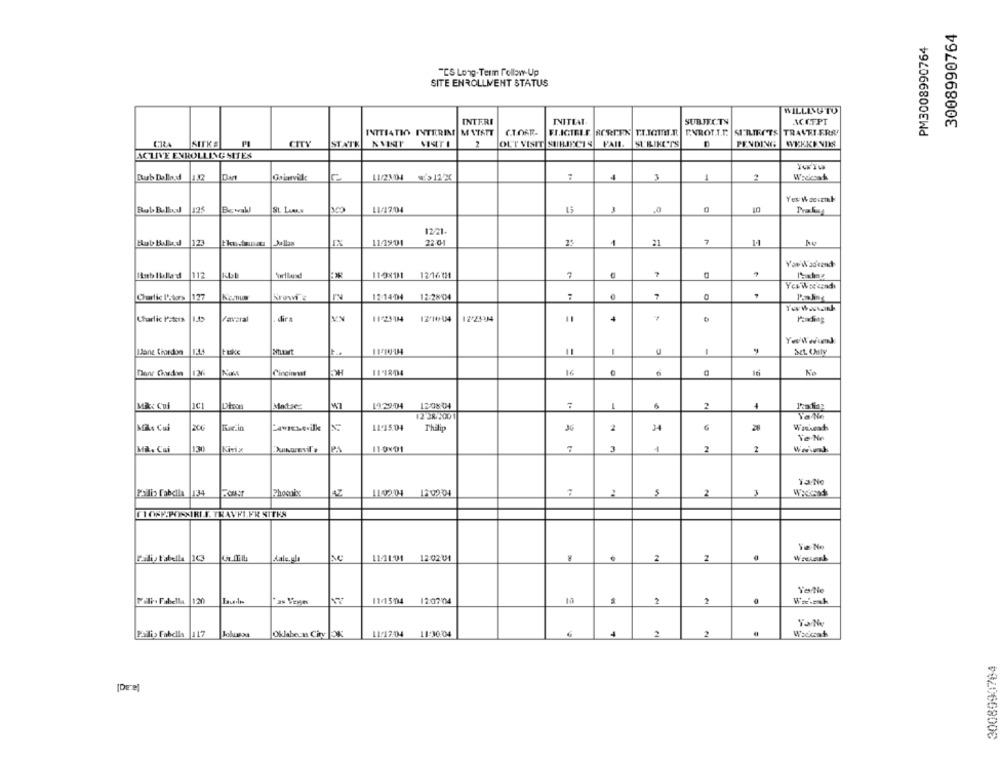
3008990764
PM3008990764
"CS Long-Term follow-Up
SITE ENROLLMENT STATUS
WILLINGTO
INTERI
INITIAL.
SUBJECTY
ACCEPT
INITIATIV INTERIM MATATT
CT.ORR-
FRIGIELE. SCREEN
TIJOMER ENROLL.T.
SITLIEGTS TRAVEL-ERA
CIŁA
SITKA
CITY
STATK
2
OUT VISIT SUBJECTS
STRIKE'T'S
PENDING
ACTIVE ENROLLINGSITES
4
2
Dub Dalla.d
1.12
11/2101 512x
125
Bewall
11/12:04
3
.0
Prahay
12/1-
123
IX
11-19.01
1
21
7
You'Was'eand
112
110X11
121611
7
Yes'Weekend
127
12-14.04
12:2204
.
7
11.45
Paysral
dirs
11-23-144
1222-04
4
Dane thedon
1'44
-
-
Nass
Circinmat
11-1204
16
ti
Ko
1229:04
Mik Cui
2
4
12 38:5001
Ya No
Mike Cui
11.15.04
34
Thilip
2
Mit. Cui
Kirix
110×01
2
2
Wwvunk
Y3-No
Palis Fabella 134
47
110201 12:02:04
2
FORP.POSIRIE. TRAVRI FR SITES
Ye No
Pali , F'abella
Aale. gla
11-41-01
12-02-01
2
Falls Fabella
120
IN VEyy
11/15014
12:07/04
10
2
2
Yo No
2
Pailis Fabella
117
Jolusaa
Oklebern Ciry
11/17:04
11:30:04
2
3008990764